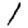
Digit: 1